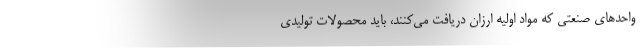
واحدهای صنعتی که مواد اولیه ارزان دریافت می‌کنند، باید محصولات تولیدی